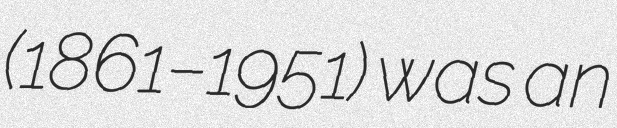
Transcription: (1861–1951) was an